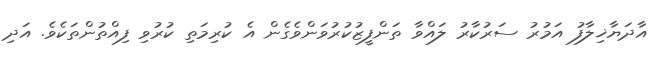
އާދަޔާޚިލާފު އަމުރު ސަރުކާރު ލައްވާ ތަންފީޒުކުރުވަންވެގެން އެ ކުރިމަތި ކުރުވި ފިއްތުންތަކެވެ. އަދި